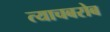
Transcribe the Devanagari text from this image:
त्याचबरोब